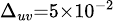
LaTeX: \scriptstyle\Delta_{uv}=5\times 10^{-2}